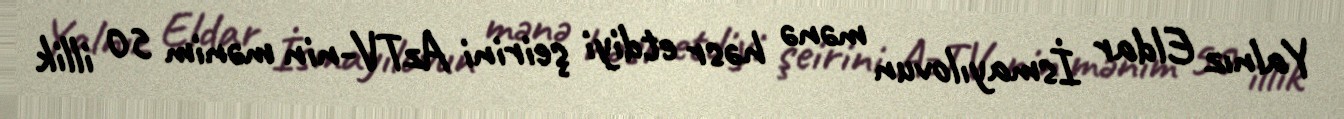
Yalnız Eldar İsmayılovun mənə həsr etdiyi şeirini AzTV-nin mənim 50 illik